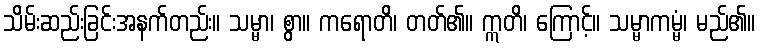
သိမ်းဆည်းခြင်းအနက်တည်း။ သမ္မာ၊ စွာ။ ကရောတိ၊ တတ်၏။ ဣတိ၊ ကြောင့်။ သမ္မာကမ္မံ၊ မည်၏။